画像に写った文字を読んでください
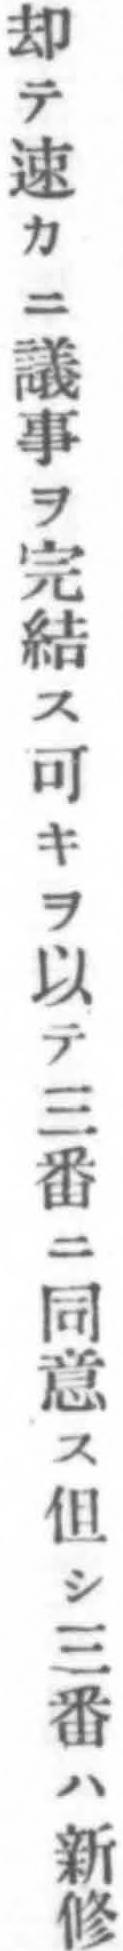
「却テ速カニ議事ヲ完結ス可キヲ以テ三番ニ同意ス但シ三番ハ新修」と書いてあります